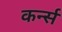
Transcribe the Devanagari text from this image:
कर्न्‍स